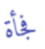
فجأة